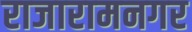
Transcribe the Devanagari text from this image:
राजारामनगर